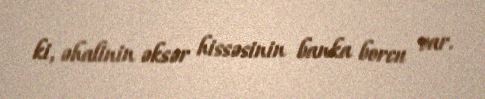
ki, əhalinin əksər hissəsinin banka borcu var.